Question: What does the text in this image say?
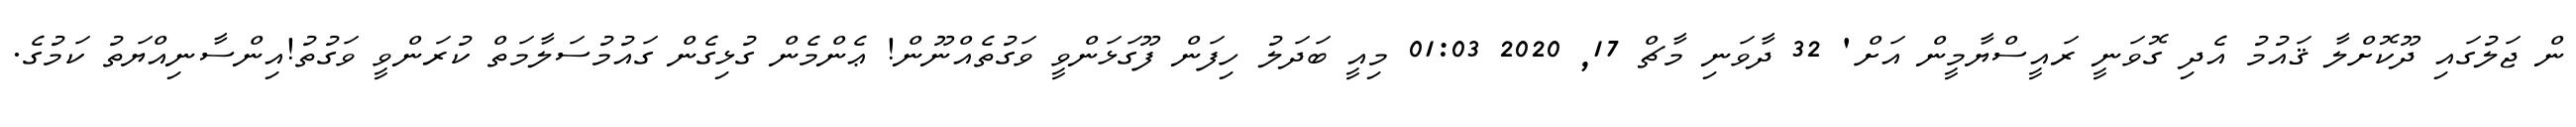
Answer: ން ޖަލުގައި ދޫކޮށްލާ ޤައުމު އެދި ގޮވަނީ ރައީސްޔާމީން އަށް' 32 ދާވަނި މާޗް 17, 2020 01:03 މިއީ ބަދަލު ހިފަން ފޫގަޅަންވީ ވަގުތެއްނޫން! ޢެންމެން ގުޅިގެން ގައުމުސަލާމަތް ކުރަންވީ ވަގުތު!އިންސާނިއްޔަތު ކަމުގެ.